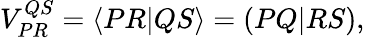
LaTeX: \begin{array}{r}{V_{PR}^{QS}=\langle{PR}{|}{QS}\rangle=({PQ}{|}{RS}),}\end{array}